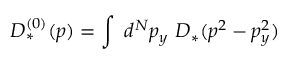
D _ { * } ^ { ( 0 ) } ( p ) = \int ~ d ^ { N } p _ { y } ~ D _ { * } ( p ^ { 2 } - p _ { y } ^ { 2 } )